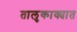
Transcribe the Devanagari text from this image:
तालुकाक्यात